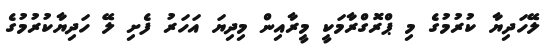
ލޭހަދިޔާ ކުރުމުގެ މި ޕްރޮގްރާމަކީ މީރާއިން މިދިޔަ އަހަރު ފެށި ލޭ ހަދިޔާކުރުމުގެ